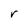
Character: r